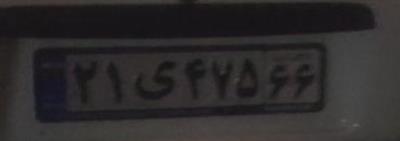
۲۱ی۴۷۵۶۶